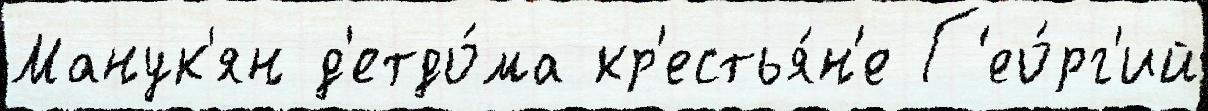
Манук'ян д'етдо́ма кр'естья́н'е Г'ео́рг'ий